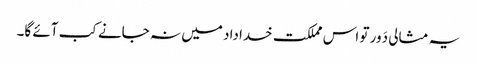
یہ مثالی دَور تو اس مملکت خداداد میں نہ جانے کب آئے گا۔